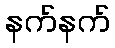
နက်နက်